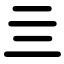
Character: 亖